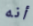
أنه